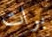
برات